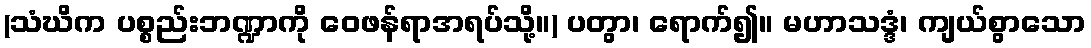
(သံဃိက ပစ္စည်းဘဏ္ဍာကို ဝေဖန်ရာအရပ်သို့။) ပတွာ၊ ရောက်၍။ မဟာသဒ္ဒံ၊ ကျယ်စွာသော